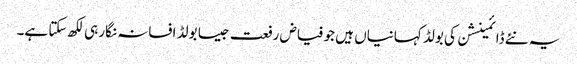
یہ نئے ڈائمینشن کی بولڈ کہانیاں ہیں جو فیاض رفعت جیسا بولڈ افسانہ نگار ہی لکھ سکتا ہے۔